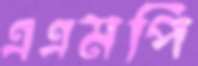
এএমপি